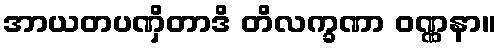
အာယတပဏှိတာဒိ တိလက္ခဏာ ဝဏ္ဏနာ။